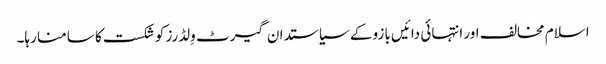
اسلام مخالف اور انتہائی دائیں بازو کے سیاستدان گیرٹ وِلڈرز کو شکست کا سامنا رہا۔